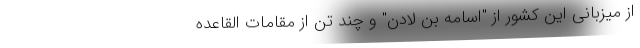
از میزبانی این کشور از "اسامه بن لادن" و چند تن از مقامات القاعده